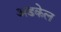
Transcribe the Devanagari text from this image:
अडकेल